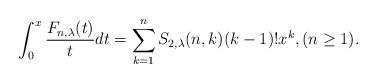
LaTeX: \begin{align*}\int_{0}^{x}\frac{F_{n,\lambda}(t)}{t}dt=\sum_{k=1}^{n}S_{2,\lambda}(n,k)(k-1)!x^{k},(n\ge 1).\end{align*}